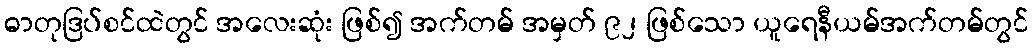
ဓာတုဒြပ်စင်ထဲတွင် အလေးဆုံး ဖြစ်၍ အက်တမ် အမှတ် ၉၂ ဖြစ်သော ယူရေနီယမ်အက်တမ်တွင်